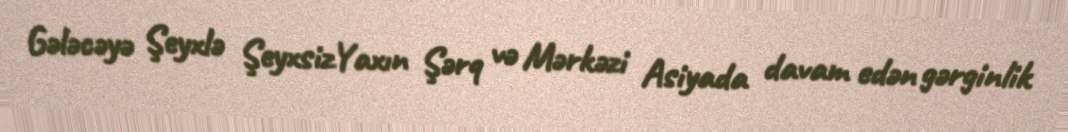
Gələcəyə Şeyxlə ŞeyxsizYaxın Şərq və Mərkəzi Asiyada davam edən gərginlik